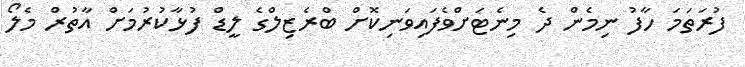
ފުރަތަމަ ހާފު ނިމެން ދެ މިނެޓަށްވެފައިވަނިކޮށް ބްރެޒިލްގެ ލީޑް ފުޅާކުރުމަށް އާތުރް މެލޯ